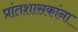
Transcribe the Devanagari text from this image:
प्रांतशासकांना